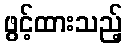
ဖွင့်ထားသည့်